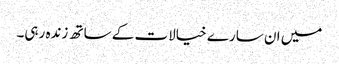
میں ان سارے خیالات کے ساتھ زندہ رہی۔